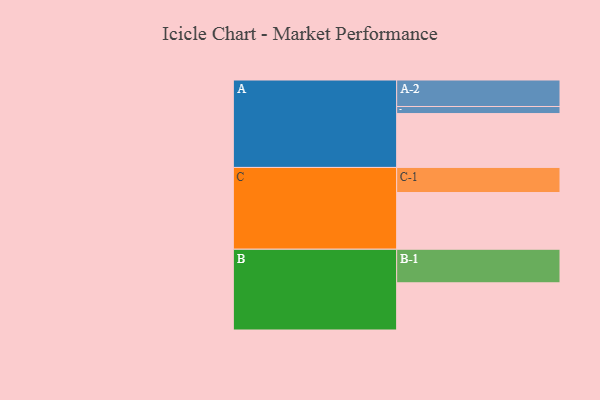
{"axis": {"x": "Segment", "y": "Value"}, "legend": ["", "A", "B", "C"], "data": [{"x": "A", "y": 419, "type": ""}, {"x": "B", "y": 367, "type": ""}, {"x": "C", "y": 441, "type": ""}, {"x": "A-1", "y": 55, "type": "A"}, {"x": "A-2", "y": 206, "type": "A"}, {"x": "B-1", "y": 261, "type": "B"}, {"x": "C-1", "y": 195, "type": "C"}]}